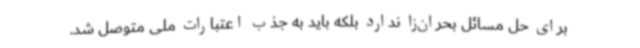
برای حل مسائل بحران‌زا ندارد بلکه باید به جذب اعتبارات ملی متوصل شد.